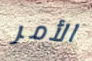
الأمر